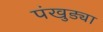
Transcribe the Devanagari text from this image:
पंखुड्या